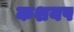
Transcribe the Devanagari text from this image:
कशयप